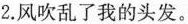
2.风吹乱了我的头发。